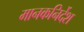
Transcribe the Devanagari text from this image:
मानकनिर्देश